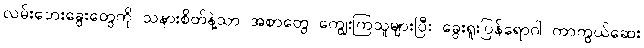
လမ်းဘေးခွေးတွေကို သနားစိတ်နဲ့သာ အစာတွေ ကျွေးကြသူများပြီး ခွေးရူးပြန်ရောဂါ ကာကွယ်ဆေး